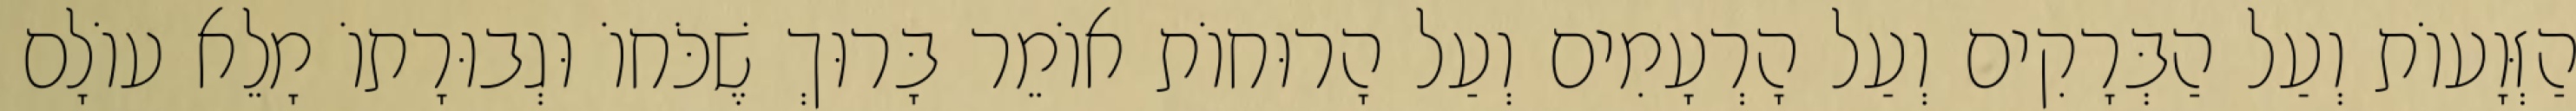
הַזְּוָעוֹת וְעַל הַבְּרָקִים וְעַל הָרְעָמִים וְעַל הָרוּחוֹת אוֹמֵר בָּרוּךְ שֶׁכֹּחוֹ וּגְבוּרָתוֹ מָלֵא עוֹלָם